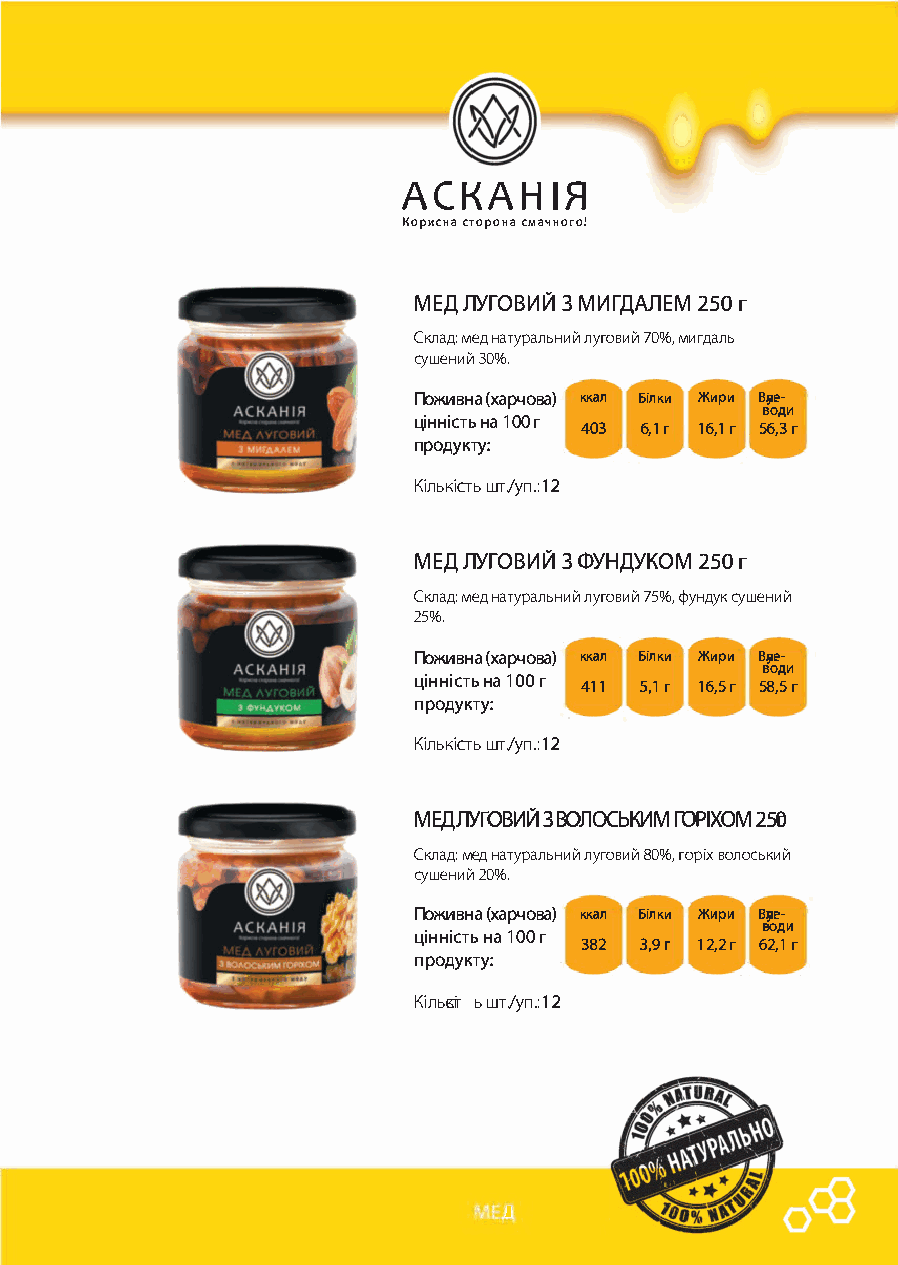
АСКАН      ІЯ
 Корисна сторона смачного!
 МЕД ЛУГОВИЙ З МИГДАЛЕМ 250 г
 Склад: мед натуральний луговий 70%, мигдаль
 сушений 30%.
 Поживна (харчова) ккал Білки Жири ВJІе-
 води
 цінністьн а1 О О г 403 6, 1 г 16, 1 г 56,3 г
 продукту:
 Кількість шт./уп.:12
 МЕД ЛУГОВИЙ З ФУНДУКОМ 250 г
 Склад: мед натуральний луговий 75%, фундук сушений
 25%.
 Поживна (харчова) ккал Білки Жири ВJІе-
 води
 цінністьна100г 411 5,1 г 16,5 г 58,5 г
 продукту:
 Кількість шт./уп.:12
 МЕД ЛУГОВИЙ З ВОЛОСЬКИМ ГОРІХОМ 250
 Склад: мед натуральний луговий 80%, горіх волоський
 сушений 20%.
 Поживна (харчова) ккал Білки Жири ВJІе-
 води
 цінністьн а1 О О г
 382 3,9 г 12,2 г 62,1 г
 продукту:
 Кіль gіг ь шт./уп .: 12
 J